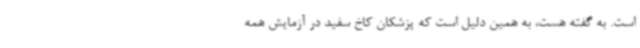
است. به گفته هست، به همین دلیل است که پزشکان کاخ سفید در آزمایش همه